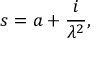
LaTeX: s = a + \frac { i } { \lambda ^ { 2 } } ,